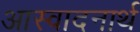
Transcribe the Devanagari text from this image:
आस्वादनार्थ